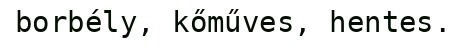
borbély, kőműves, hentes.